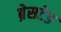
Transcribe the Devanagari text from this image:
ब्रेसटेड